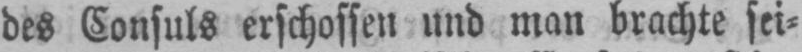
des Consuls erschossen und man brachte sei⸗